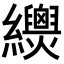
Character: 𦇳